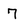
Character: 7